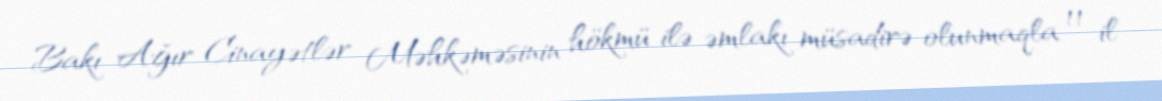
Bakı Ağır Cinayətlər Məhkəməsinin hökmü ilə əmlakı müsadirə olunmaqla 11 il